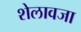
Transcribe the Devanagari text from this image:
शेलावजा